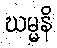
ဃမ္မနိ